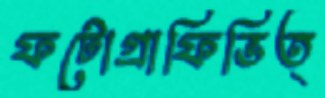
ফটোগ্রাফিভিত্